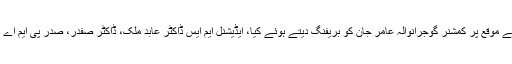
ان خیالات کا اظہار انہوںنے آئی سی یو کے دورہ کے موقع پر کمشنر گوجرانوالہ عامر جان کو بریفنگ دیتے ہوئے کیا، ایڈیشنل ایم ایس ڈاکٹر عابد ملک، ڈاکٹر صفدر، صدر پی ایم اے ڈاکٹر مقصودزاہد بھی اس موقع پر انکے ہمراہ تھے۔